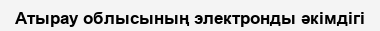
Атырау облысының электронды әкімдігі